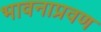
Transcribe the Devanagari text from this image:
भावनाप्रवण